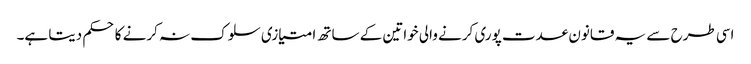
اسی طرح سے یہ قانون عدت پوری کرنے والی خواتین کے ساتھ امتیازی سلوک نہ کرنے کا حکم دیتا ہے۔